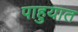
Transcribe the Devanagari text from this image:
पाहुयात